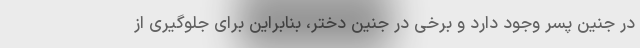
در جنین پسر وجود دارد و برخی در جنین دختر، بنابراین برای جلوگیری از